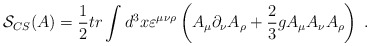
\begin{align*}\mathcal{S}_{CS}(A)=\frac 12tr\int d^3x\varepsilon ^{\mu \nu \rho }\left(A_\mu \partial _\nu A_\rho +\frac 23gA_\mu A_\nu A_\rho \right) \;.\end{align*}